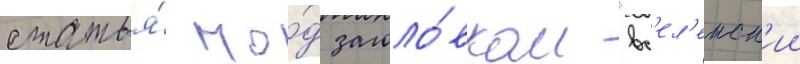
статья́ по́д заголо́вком "вс'ел'енск'ии